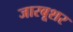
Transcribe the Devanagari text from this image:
जारबूशर